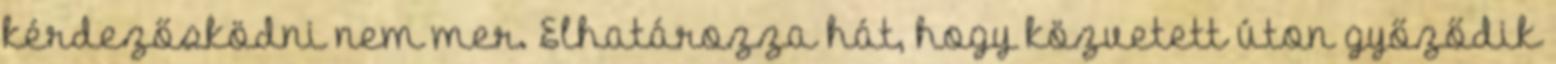
kérdezősködni nem mer. Elhatározza hát, hogy közvetett úton győződik